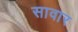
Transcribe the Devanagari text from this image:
सावार